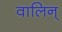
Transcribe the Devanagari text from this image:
वालिन्